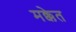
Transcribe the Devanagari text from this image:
मक्केत